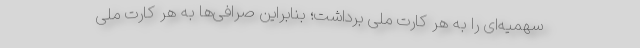
سهمیه‌ای را به هر کارت ملی برداشت؛ بنابراین صرافی‌ها به هر کارت ملی